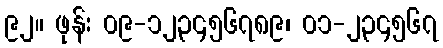
၉၂။ ဖုန်း ၀၉-၁၂၃၄၅၆၇၈၉၊ ၀၁-၂၃၄၅၆၇